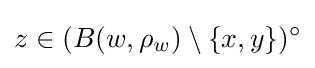
z\in (B(w,\rho _{w})\setminus \{x,y\})^{\circ }